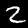
Digit: 2